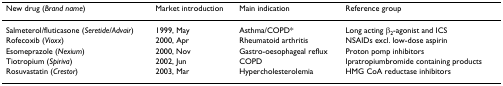
<table><thead><tr><td><b>New drug (<i>Brand name</i>)</b></td><td><b>Market introduction</b></td><td><b>Main indication</b></td><td><b>Reference group</b></td></tr></thead><tbody><tr><td>Salmeterol/fluticasone (<i>Seretide/Advair</i>)</td><td>1999, May</td><td>Asthma/COPD*</td><td>Long acting β<sub>2</sub>-agonist and ICS</td></tr><tr><td>Rofecoxib (<i>Vioxx</i>)</td><td>2000, Apr</td><td>Rheumatoid arthritis</td><td>NSAIDs excl. low-dose aspirin</td></tr><tr><td>Esomeprazole (<i>Nexium</i>)</td><td>2000, Nov</td><td>Gastro-oesophageal reflux</td><td>Proton pomp inhibitors</td></tr><tr><td>Tiotropium (<i>Spiriva</i>)</td><td>2002, Jun</td><td>COPD</td><td>Ipratropiumbromide containing products</td></tr><tr><td>Rosuvastatin (<i>Crestor</i>)</td><td>2003, Mar</td><td>Hypercholesterolemia</td><td>HMG CoA reductase inhibitors</td></tr></tbody></table>